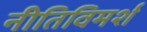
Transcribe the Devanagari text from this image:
नीतिविमर्श